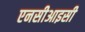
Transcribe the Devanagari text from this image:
एनसीआइसी